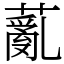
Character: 薍